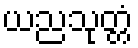
ယညသုတ္တံ